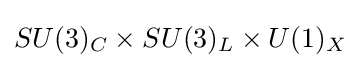
SU(3)_{C}\times SU(3)_{L}\times U(1)_{X}